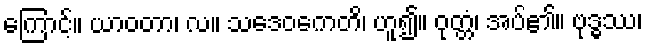
ကြောင့်။ ယာဝတာ၊ လ။ သဒေဝကေတိ၊ ဟူ၍။ ဝုတ္တံ၊ အပ်၏။ ဗုဒ္ဓဿ၊